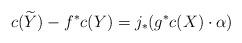
LaTeX: \begin{align*}c(\widetilde{Y}) - f^{*}c(Y) = j_{*}(g^{*}c(X) \cdot \alpha)\end{align*}